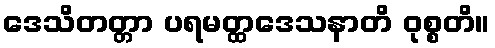
ဒေသိတတ္တာ ပရမတ္ထဒေသနာတိ ဝုစ္စတိ။